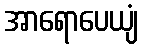
အာရောပေယျံ